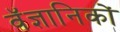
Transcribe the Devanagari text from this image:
वॅज्ञानिकों